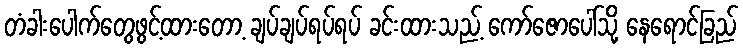
တံခါးပေါက်တွေဖွင့်ထားတော့ ချပ်ချပ်ရပ်ရပ် ခင်းထားသည့် ကော်ဇောပေါ်သို့ နေရောင်ခြည်